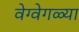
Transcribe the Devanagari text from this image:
वेग्वेगळ्या